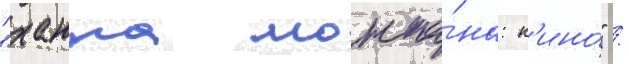
"ханна монта́на: к'ино́" /